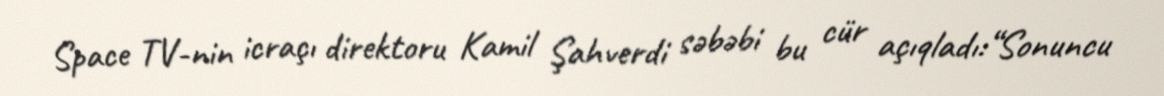
Space TV-nin icraçı direktoru Kamil Şahverdi səbəbi bu cür açıqladı:“Sonuncu